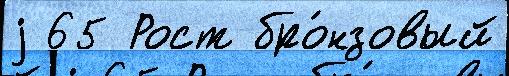
j 65 Рост бро́нзовый